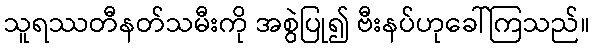
သူရဿတီနတ်သမီးကို အစွဲပြု၍ ဗီးနပ်ဟုခေါ်ကြသည်။